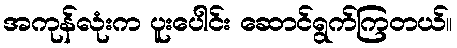
အကုန်လုံးက ပူးပေါင်း ဆောင်ရွက်ကြတယ်။